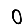
Digit: 0